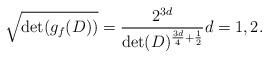
LaTeX: \begin{align*}\sqrt{\det (g_f(D))} =\frac{2^{3d}}{\det (D)^{\frac{3d}{4}+\frac{1}{2}}}d=1,2.\end{align*}